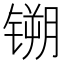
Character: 𫔈